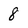
Character: 8